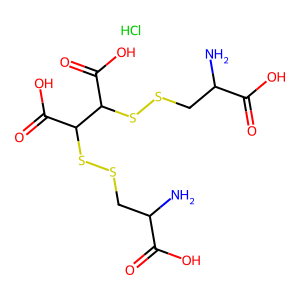
SMILES: Cl.NC(CSSC(C(=O)O)C(SSCC(N)C(=O)O)C(=O)O)C(=O)O
Inhibits HIV replication: No